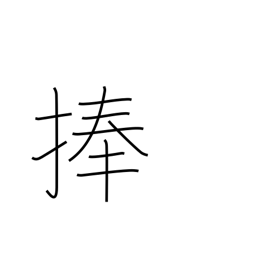
Meaning: consecrate